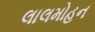
લાલમોહન